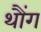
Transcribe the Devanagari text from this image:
थौंग